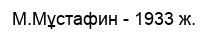
М.Мұстафин - 1933 ж.